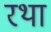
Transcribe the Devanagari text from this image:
रथा